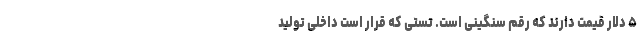
۵ دلار قیمت دارند که رقم سنگینی است. تستی که قرار است داخلی تولید